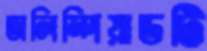
অলিম্পিয়াডটি